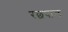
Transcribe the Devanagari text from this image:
रछपाल